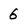
Character: 6